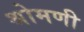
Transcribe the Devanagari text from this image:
श्रोमणी